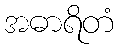
အဓာရိတံ